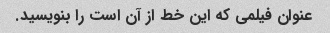
عنوان فیلمی که این خط از آن است را بنویسید.